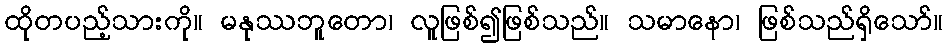
ထိုတပည့်သားကို။ မနုဿဘူတော၊ လူဖြစ်၍ဖြစ်သည်။ သမာနော၊ ဖြစ်သည်ရှိသော်။